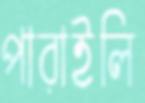
পারাইলি